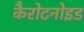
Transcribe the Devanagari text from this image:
कैरोटनोइड